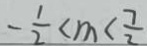
- \frac { 1 } { 2 } < m < \frac { 7 } { 2 }